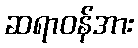
ဆရာဝန်အား